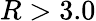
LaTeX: R>3.0